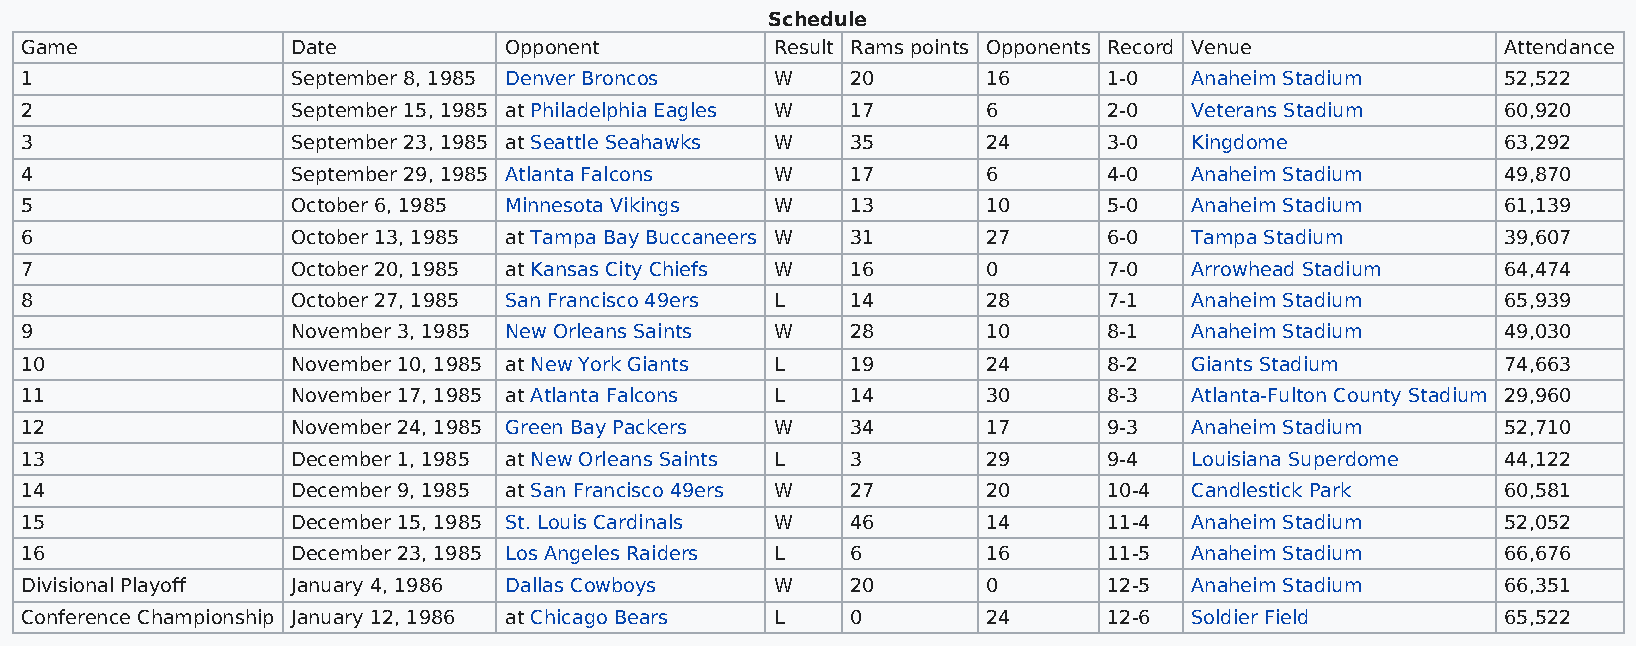
Schedule
 Game              Date          Opponent          Result Rams points Opponents Record Venue        Attendance
 1                 September 8, 1985 Denver Broncos W   20       16      1-0   Anaheim Stadium      52,522
 2                 September 15, 1985 at Philadelphia Eagles W 17 6      2-0   Veterans Stadium     60,920
 3                 September 23, 1985 at Seattle Seahawks W 35   24      3-0   Kingdome             63,292
 4                 September 29, 1985 Atlanta Falcons W 17       6       4-0   Anaheim Stadium      49,870
 5                 October 6, 1985 Minnesota Vikings W  13       10      5-0   Anaheim Stadium      61,139
 6                 October 13, 1985 at Tampa Bay Buccaneers W 31 27      6-0   Tampa Stadium        39,607
 7                 October 20, 1985 at Kansas City Chiefs W 16   0       7-0   Arrowhead Stadium    64,474
 8                 October 27, 1985 San Francisco 49ers L 14     28      7-1   Anaheim Stadium      65,939
 9                 November 3, 1985 New Orleans Saints W 28      10      8-1   Anaheim Stadium      49,030
 10                November 10, 1985 at New York Giants L 19     24      8-2   Giants Stadium       74,663
 11                November 17, 1985 at Atlanta Falcons L 14     30      8-3   Atlanta-Fulton County Stadium 29,960
 12                November 24, 1985 Green Bay Packers W 34      17      9-3   Anaheim Stadium      52,710
 13                December 1, 1985 at New Orleans Saints L 3    29      9-4   Louisiana Superdome  44,122
 14                December 9, 1985 at San Francisco 49ers W 27  20      10-4  Candlestick Park     60,581
 15                December 15, 1985 St. Louis Cardinals W 46    14      11-4  Anaheim Stadium      52,052
 16                December 23, 1985 Los Angeles Raiders L 6     16      11-5  Anaheim Stadium      66,676
 Divisional Playoff January 4, 1986 Dallas Cowboys W    20       0       12-5  Anaheim Stadium      66,351
 Conference Championship January 12, 1986 at Chicago Bears L 0   24      12-6  Soldier Field        65,522